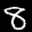
Label: 8